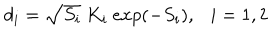
LaTeX: d _ { i } = \sqrt { S _ { i } } \ K _ { i } \ e x p ( - S _ { i } ) , \ \ \ i = 1 , 2